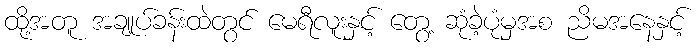
ထို့အတူ အချုပ်ခန်းထဲတွင် မေရီလူးနှင့် တွေ့ ဆုံခဲ့ပုံမှအစ ညိမအနေနှင့်